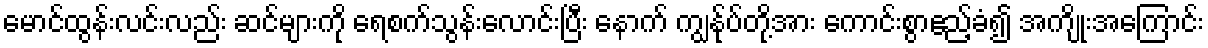
မောင်ထွန်းလင်းလည်း ဆင်များကို ရေစက်သွန်းလောင်းပြီး နောက် ကျွန်ုပ်တို့အား ကောင်းစွာဧည့်ခံ၍ အကျိုးအကြောင်း